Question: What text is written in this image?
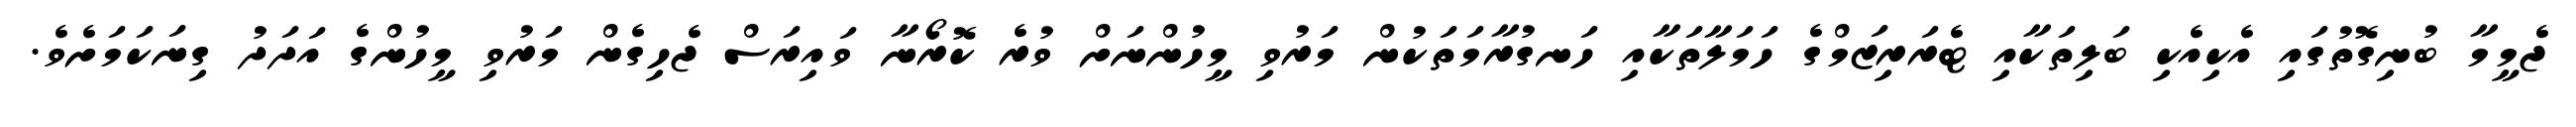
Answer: ޖެމީމާ ބުނިގޮތުގައި އެކިއެކި ބަލިތަކާއި ޓެރަރިޒަމްގެ ހަމަލާތަކާއި ހަނގުރާމަތަކުން މަރުވި މީހުންނަށް ވުރެ ކޮރޯނާ ވައިރަސް ޖެހިގެން މަރުވި މީހުންގެ އަދަދު ގިނަކަމަށެވެ.